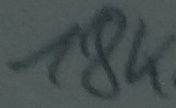
Text: 18K